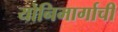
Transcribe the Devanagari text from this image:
योनिमार्गाची